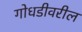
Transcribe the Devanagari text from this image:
गोधडीवरील